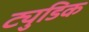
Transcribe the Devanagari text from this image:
ट्युडिक